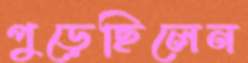
পুড়েছিলেন